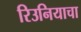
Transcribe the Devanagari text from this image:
रिउनियाचा